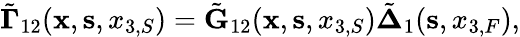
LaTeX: \begin{array}{r}{\tilde{\mathbf\Gamma}_{12}({\mathbf x},{\mathbf s},x_{3,S})=\tilde{\mathbf G}_{12}({\mathbf x},{\mathbf s},x_{3,S})\tilde{\mathbf\Delta}_{1}({\mathbf s},x_{3,F}),}\end{array}